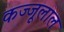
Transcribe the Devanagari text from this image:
कज्‍जूलाल